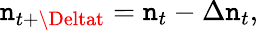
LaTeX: \mathtt{n}_{t+\Deltat}=\mathtt{n}_{t}-\Delta\mathtt{n}_{t},